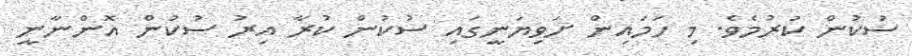
ސުކުން ކުރުމެވެ. މި ހަމައިން ށަވިޔަނީގައި ސުކުން ކުރާ އިރު ސުކުން އޮންނާނީ